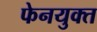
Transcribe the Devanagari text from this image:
फेनयुक्त